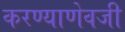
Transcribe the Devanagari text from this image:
करण्याणेवजी